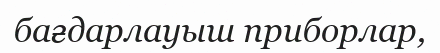
бағдарлауыш приборлар,